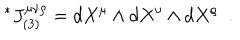
\vphantom { J } ^ { * } J _ { ( 3 ) } ^ { \mu \nu \rho } = d X ^ { \mu } \wedge d X ^ { \nu } \wedge d X ^ { \rho } ~ ~ .